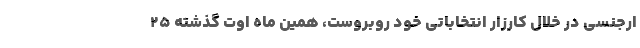
ارجنسی در خلال کارزار انتخاباتی خود روبروست، همین ماه اوت گذشته ۲۵